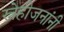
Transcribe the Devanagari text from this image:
स्नेहीजनांनी